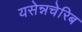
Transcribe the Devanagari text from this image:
यसेन्नचेरिब